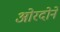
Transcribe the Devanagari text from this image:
ओरदोने